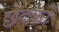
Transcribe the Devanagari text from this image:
छेदकों